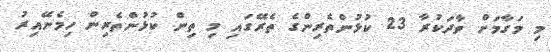
މި މަގާމަށް ވާދަކުރާ 23 ކުޅުންތެރިންގެ ތެރޭގައި މި ތިން ކުޅުންތެރިން ހިމެނޭއިރު